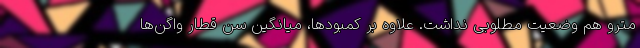
مترو هم وضعیت مطلوبی نداشت. علاوه بر کمبودها، میانگین سن قطار واگن‌ها